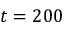
t = 2 0 0